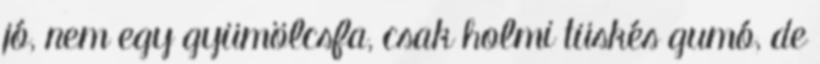
jó, nem egy gyümölcsfa, csak holmi tüskés gumó, de